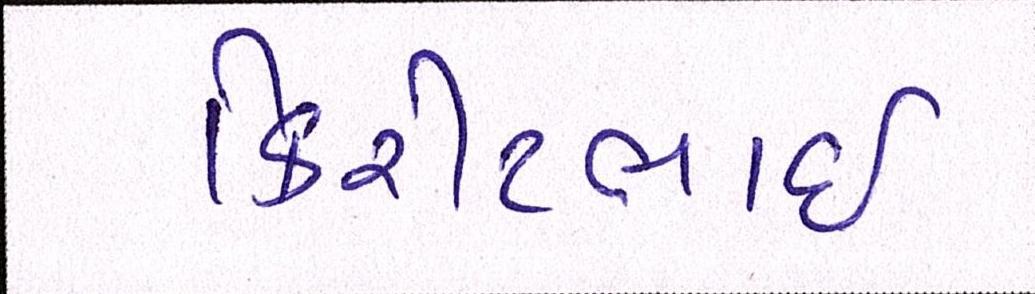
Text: કિરીટભાઈ